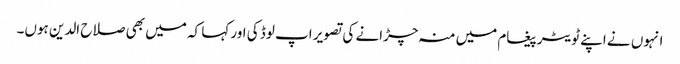
انہوں نے اپنے ٹویٹر پیغام میں منہ چڑانے کی تصویر اپ لوڈ کی اور کہا کہ میں بھی صلاح الدین ہوں۔